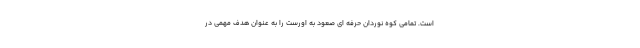
است. تمامی کوه نوردان حرفه ای صعود به اورست را به عنوان هدف مهمی در